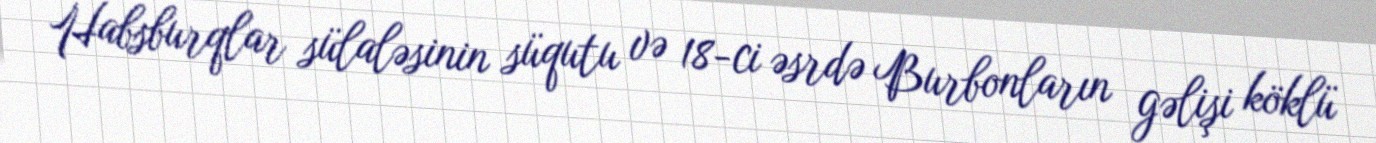
Habsburqlar sülaləsinin süqutu və 18-ci əsrdə Burbonların gəlişi köklü